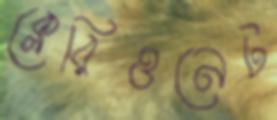
ক্লেরিওনেট